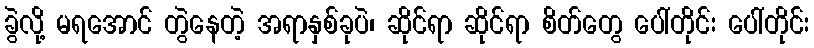
ခွဲလို့ မရအောင် တွဲနေတဲ့ အရာနှစ်ခုပဲ၊ ဆိုင်ရာ ဆိုင်ရာ စိတ်တွေ ပေါ်တိုင်း ပေါ်တိုင်း